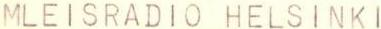
MLEISRADIO HELSINKI